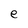
Character: e